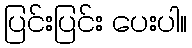
ပြင်းပြင်း ပေးပါ။